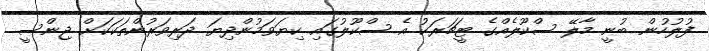
ފުލުހުން ބުނީ މާލޭ ސްކޫލެއްގެ ޓީޗަރަކު އެ ސްކޫލުގައި ކިޔަވަމުންދިޔަ ދަރިވަރުންތަކަކަށް ޖިންސީ